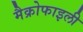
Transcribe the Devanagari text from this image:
मैक्रोफाइली